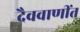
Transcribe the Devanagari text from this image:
दैववाणींत